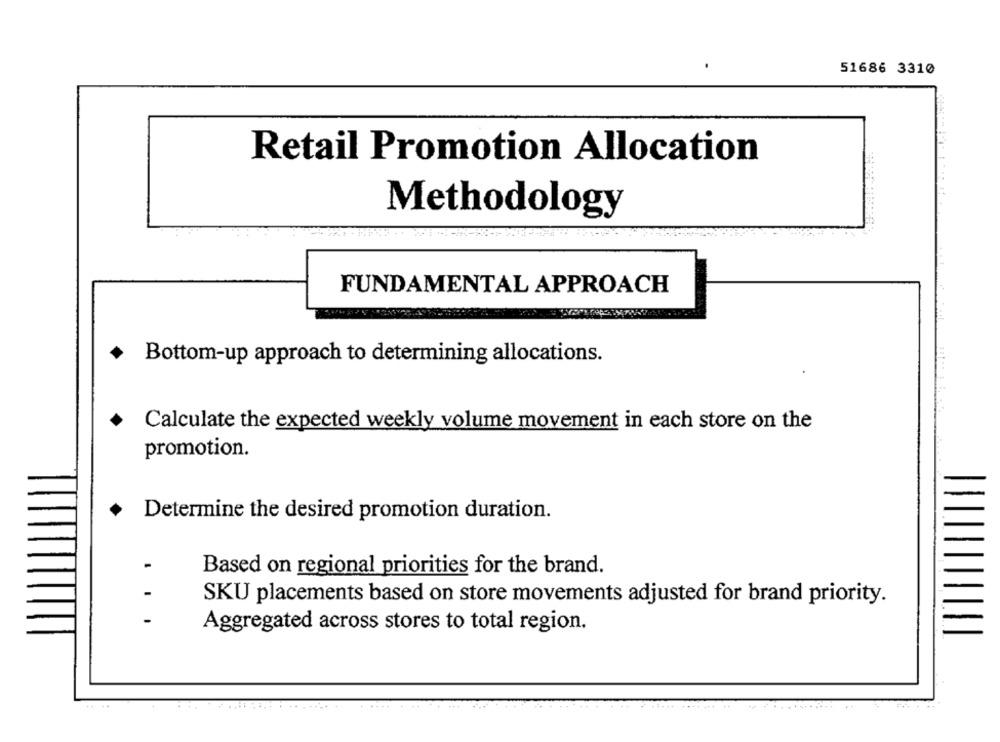
51686 3310
Retail Promotion Allocation
Methodology
FUNDAMENTAL APPROACH
Bottom-up approach to determining allocations.
Calculate the expected weekly volume movement in each store on the
promotion.
Determine the desired promotion duration.
Based on regional priorities for the brand.
SKU placements based on store movements adjusted for brand priority.
Aggregated across stores to total region.